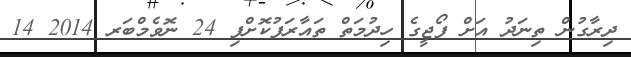
ދިރާގުން ތިނަދު އަށް ފޯޖީގެ ހިދުމަތް ތައާރަފުކޮށްފި 24 ނޮވެމްބަރ 2014 14